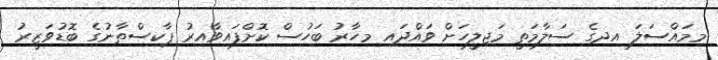
މިމައްސަލަ އދގެ ސަލާމަތީ މަޖިލީހަށް ވައްދައި މިހާރު ބަހުސް ކޮށްފައިވާއިރު ޕާކިސްތާނުގެ ބޮޑުވަޒީރު